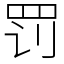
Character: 罚